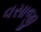
વસાજી